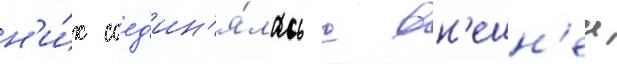
н'и́х соед'ин'я́лась с вн'ешн'еи